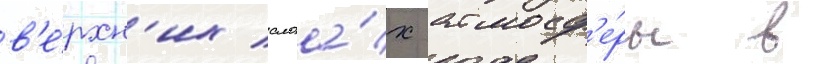
в'е́рхн'их слоа́х атмосф'е́ры в